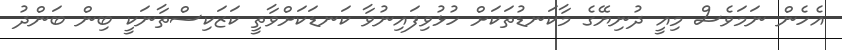
އެހެން ނަމަވެސް މިއީ ދުނިޔޭގެ މާކަނޑުތަކަށް ހުޅުވިފައިނުވާ ކަނޑަކަށްވާތީ ކަޒަކިސްތާނަކީ ބިން ބަންދު